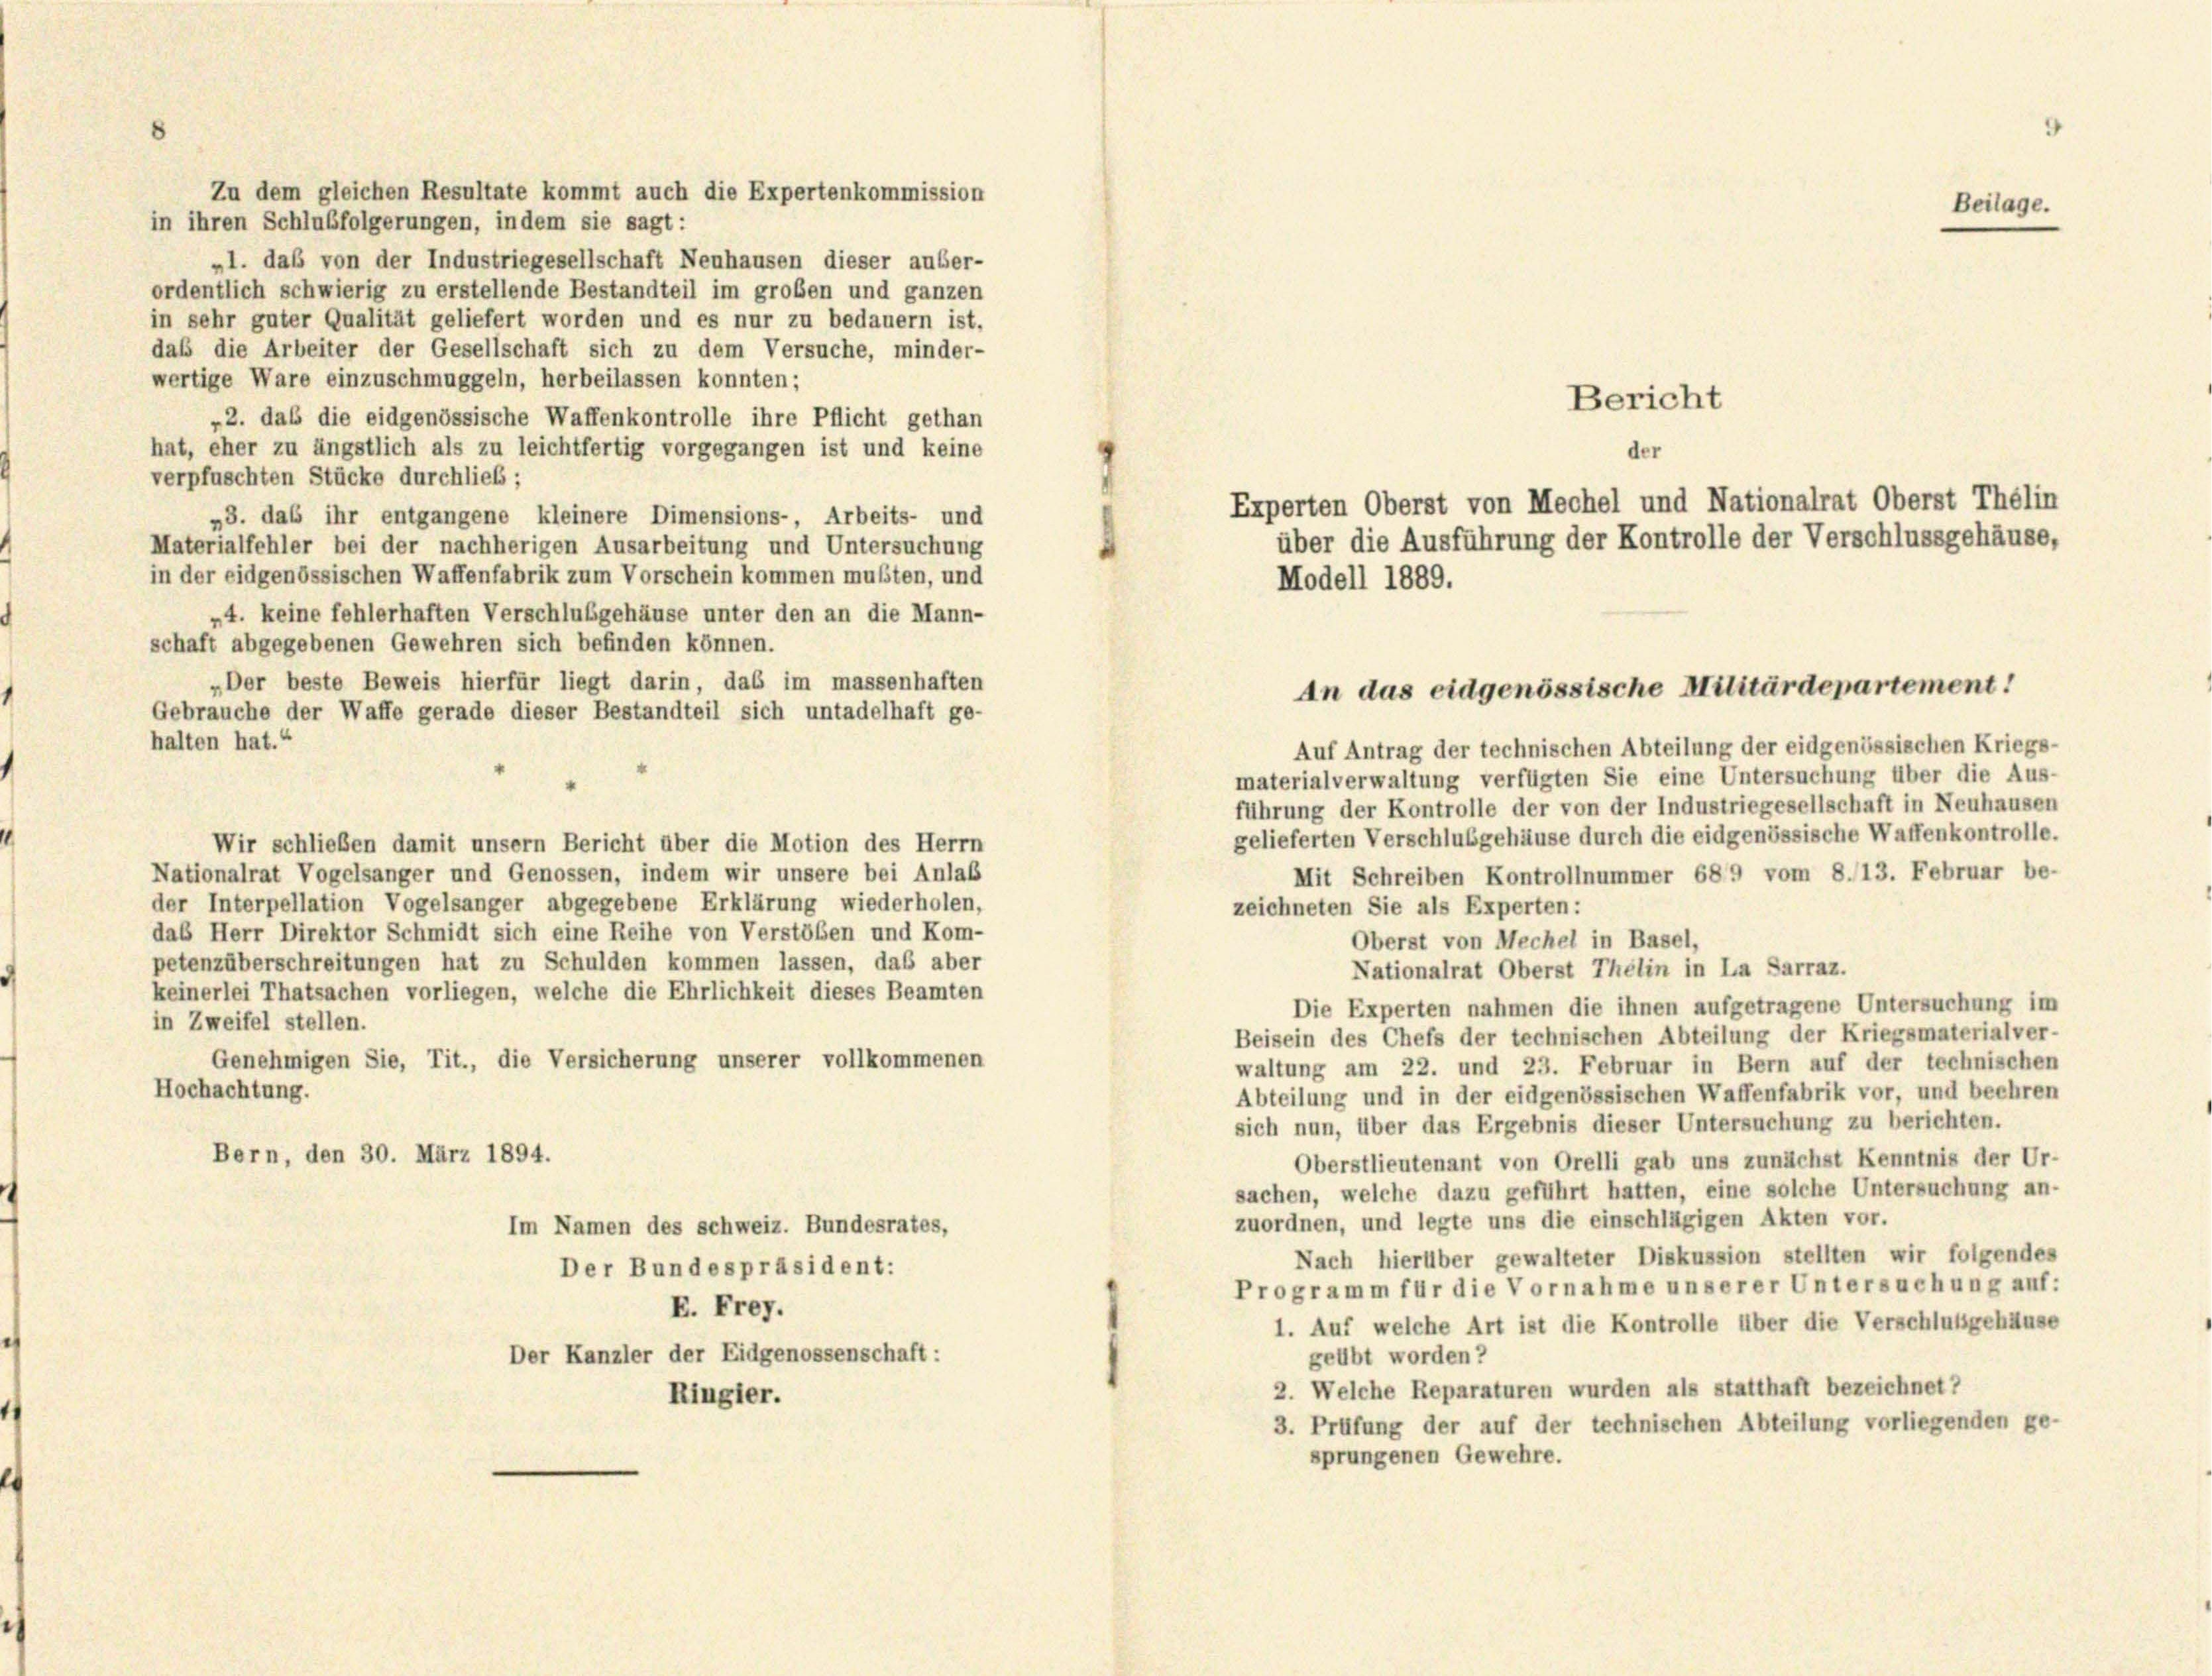
Zu dem gleichen Resultate kommt auch die Expertenkommission
in ihren Schlußfolgerungen, indem sie sagt:
„1. das von der Industriegesellschaft Neuhausen dieser außer-
ordentlich schwierig zu erstellende Bestandteil im großen und ganzen
in sehr guter Qualität geliefert worden und es nur zu bedauern ist.
daß die Arbeiter der Gesellschaft sich zu dem Versuche, minder-
wertige Ware einzuschmuggeln, herbeilassen konnten;
„2. das die eidgenössische Waffenkontrolle ihre Pflicht gethan
hat, eher zu ängstlich als zu leichtfertig vorgegangen ist und keine
verpfuschten Stücke durchlieb;
„3. das ihr entgangene kleinere Dimensions-, Arbeits- und
Materialfehler bei der nachherigen Ausarbeitung und Untersuchung
in der eidgenössischen Waffenfabrik zum Vorschein kommen mussten, und
4. keine fehlerhaften Verschlusgehäuse unter den an die Mann-
schaft abgegebenen Gewehren sich befinden können.
„Der beste Beweis hierfür liegt darin, das im massenhaften
Gebrauche der Waffe gerade dieser Bestandteil sich untadelhaft ge-
halten hat.“
Auf Antrag der technischen Abteilung der eidgenössischen Kriegs-
materialverwaltung verfügten Sie eine Untersuchung über die Aus-
führung der Kontrolle der von der Industriegesellschaft in Neuhausen
gelieferten Verschlusgehäuse durch die eidgenössische Waffenkontrolle.
Wir schließen damit unsern Bericht über die Motion des Herrn
Nationalrat Vogelsanger und Genossen, indem wir unsere bei Anlaß
Mit Schreiben Kontrollnummer 689 vom 8./13. Februar be-
der Interpellation Vogelsanger abgegebene Erklärung wiederholen,
zeichneten Sie als Experten:
das Herr Direktor Schmidt sich eine Reihe von Verstößen und Kom-
Oberst von Mechel in Basel,
petenzüberschreitungen hat zu Schulden kommen lassen, das aber
Nationalrat Oberst Thelin in La Sarraz.
keinerlei Thatsachen vorliegen, welche die Ehrlichkeit dieses Beamten
Die Experten nahmen die ihnen aufgetragene Untersuchung im
in Zweifel stellen.
Beisein des Chefs der technischen Abteilung der Kriegsmaterialver-
Genehmigen Sie, Tit., die Versicherung unserer vollkommenen
waltung am 22. und 23. Februar in Bern auf der technischen
Hochachtung.
Abteilung und in der eidgenössischen Waffenfabrik vor, und beehren
sich nun, über das Ergebnis dieser Untersuchung zu berichten.
Bern, den 30. März 1894.
Oberstlieutenant von Orelli gab uns zunächst Kenntnis der Ur-
sachen, welche dazu geführt hatten, eine solche Untersuchung an-
zuordnen, und legte uns die einschlägigen Akten vor.
Im Namen des schweiz. Bundesrates,
Nach hierüber gewalteter Diskussion stellten wir folgendes
Der Bundespräsident:
Programm für die Vornahme unserer Untersuchung auf:
E. Frey.
1. Auf welche Art ist die Kontrolle über die Verschlußsgehäuse
Der Kanzler der Eidgenossenschaft:
geübt worden?
2. Welche Reparaturen wurden als statthaft bezeichnet?
Ringler.
3. Prüfung der auf der technischen Abteilung vorliegenden ge-
sprungenen Gewehre.
—

Modell 1889.

der

Bericht

Beilage.

Experten Oberst von Mechel und Nationalrat Oberst Thelin
über die Ausführung der Kontrolle der Verschlussgehäuse,

An das eidgenössische Militärdepartement!